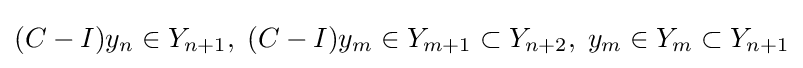
(C-I)y_{n}\in Y_{n+1},\;(C-I)y_{m}\in Y_{m+1}\subset Y_{n+2},\;y_{m}\in Y_{m}\subset Y_{n+1}